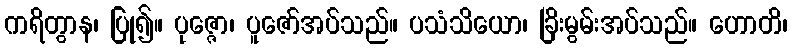
ကရိတွာန၊ ပြု၍။ ပုဇ္ဇော၊ ပူဇော်အပ်သည်။ ပသံသိယော၊ ခြိးမွမ်းအပ်သည်။ ဟောတိ၊